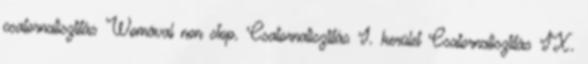
csatornatisztítás Womával non stop. Csatornatisztítás I. kerület Csatornatisztítás IX.